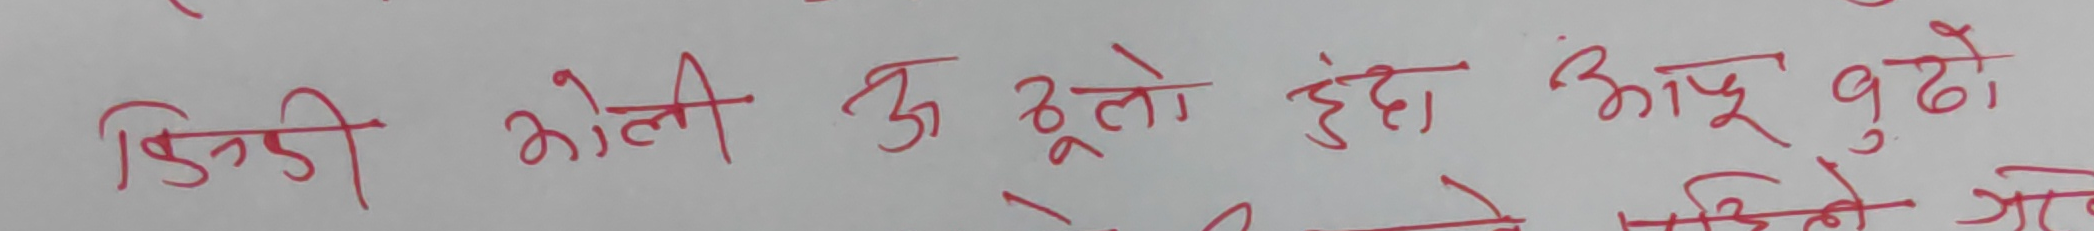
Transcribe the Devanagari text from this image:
डिग्री भोली ऊ ठूलो हुंदा आफु बुढो